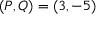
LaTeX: ( P , Q ) = ( 3 , - 5 )